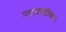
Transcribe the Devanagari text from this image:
नाट्यसृष्टीबद्दल